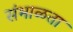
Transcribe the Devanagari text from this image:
संभाळता